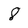
Character: 8